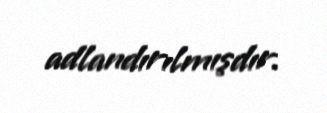
adlandırılmışdır.